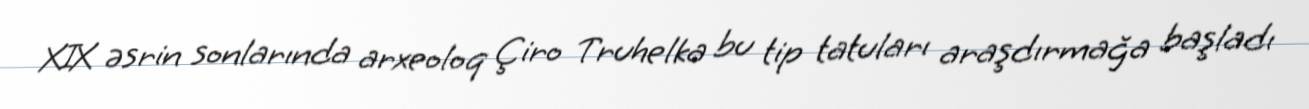
XIX əsrin sonlarında arxeoloq Çiro Truhelka bu tip tatuları araşdırmağa başladı